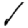
Digit: 1